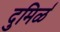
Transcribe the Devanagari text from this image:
दुमिर्ळ